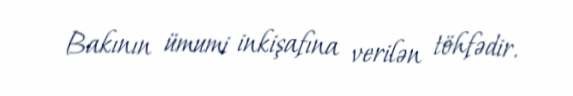
Bakının ümumi inkişafına verilən töhfədir.